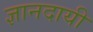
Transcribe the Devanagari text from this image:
ज्ञानदायी